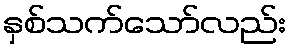
နှစ်သက်သော်လည်း